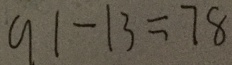
9 1 - 1 3 = 7 8